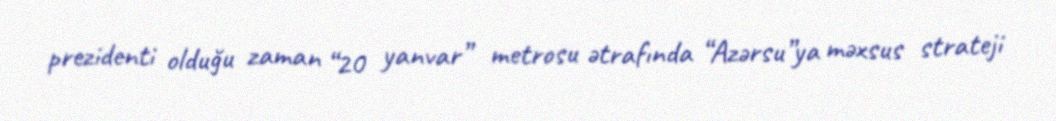
prezidenti olduğu zaman “20 yanvar” metrosu ətrafında “Azərsu”ya məxsus strateji